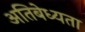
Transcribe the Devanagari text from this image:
अतिबेध्यता